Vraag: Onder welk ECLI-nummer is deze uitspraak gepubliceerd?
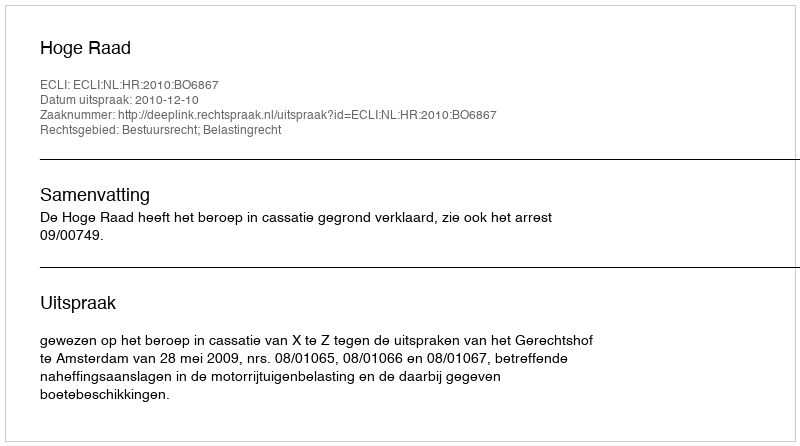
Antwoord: ECLI:NL:HR:2010:BO6867